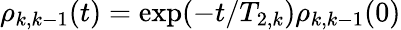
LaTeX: \rho_{k,k-1}(t)=\exp(-t/T_{2,k})\rho_{k,k-1}(0)